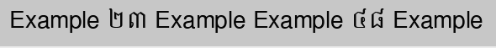
Example ២៣ Example Example ៤៨ Example